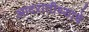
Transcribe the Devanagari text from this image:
आदरातीथ्याचे